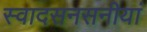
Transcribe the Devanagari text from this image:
स्वादसनसनीयां